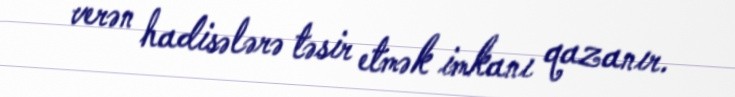
verən hadisələrə təsir etmək imkanı qazanır.